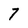
Character: 7